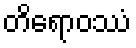
တိရောဝဿံ